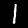
Digit: 1